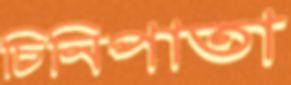
চিনিপাতা